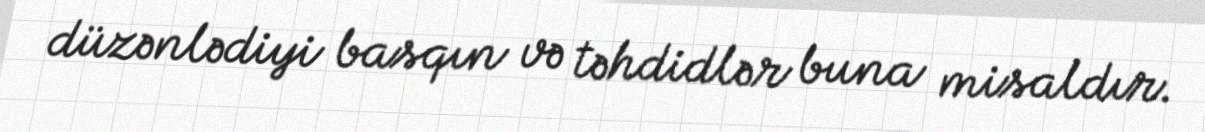
düzənlədiyi basqın və təhdidlər buna misaldır.